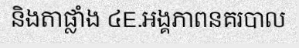
និងតាផ្លាំង ៤E.អង្គភាពនគរបាល